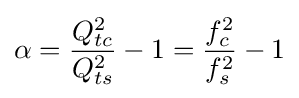
\alpha ={\frac {Q_{tc}^{2}}{Q_{ts}^{2}}}-1={\frac {f_{c}^{2}}{f_{s}^{2}}}-1